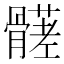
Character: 𩪒